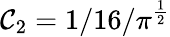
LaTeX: \mathcal{C}_{2}=1/16/\pi^{\frac{{1}}{{2}}}